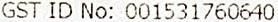
GST ID NO: 001531760640